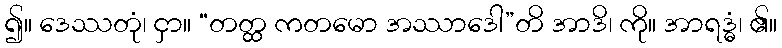
၍။ ဒေဿတုံ၊ ငှာ။ “တတ္ထ ကတမော အဿာဒေါ”တိ အာဒိ၊ ကို။ အာရဒ္ဓံ၊ ၏။